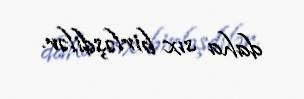
daha sıx birləşdilər.